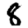
Digit: 8